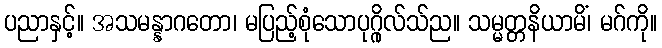
ပညာနှင့်။ အသမန္နာဂတော၊ မပြည့်စုံသောပုဂ္ဂိုလ်သ်ည။ သမ္မတ္တနိယာမိံ၊ မဂ်ကို။